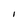
Character: I